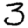
Digit: 3